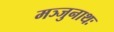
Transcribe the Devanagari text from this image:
मञ्जुनाथः